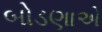
બોડણાએ